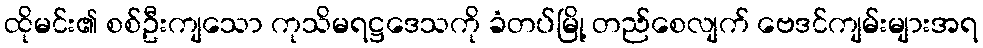
ထိုမင်း၏ စစ်ဦးကျသော ကုသိမရဋ္ဌဒေသကို ခံတပ်မြို့ တည်စေလျက် ဗေဒင်ကျမ်းများအရ